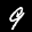
Label: 9